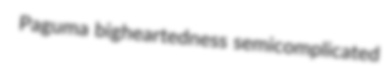
Paguma bigheartedness semicomplicated